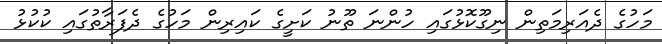
މަހުގެ ދެއަރިމަތިން ނިގޫކޮޅުގައި ހުންނަ ތޫނު ކަށީގެ ކައިރިން މަހުގެ ދެފަރާތުގައި ކުކުޅު